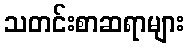
သတင်းစာဆရာများ